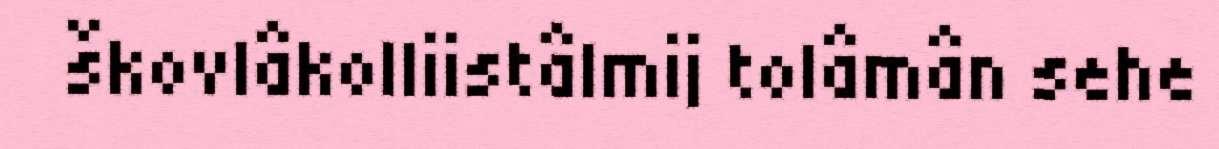
škovlâkolliistâlmij tolâmân sehe